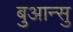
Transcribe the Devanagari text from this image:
बुआन्सु